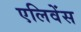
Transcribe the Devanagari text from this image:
एलिवेंस